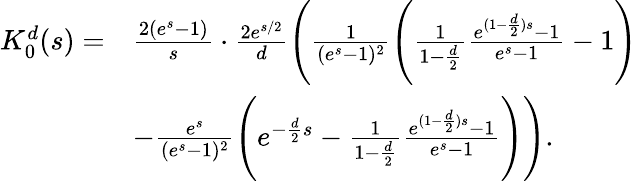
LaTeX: \begin{array}{rl}{K_{0}^{d}(s)=}&{\frac{2(e^{s}-1)}{s}\cdot\frac{2e^{s/2}}{d}\Bigg(\frac{1}{(e^{s}-1)^{2}}\Bigg(\frac{1}{1-\frac{d}{2}}\frac{e^{(1-\frac{d}{2})s}-1}{e^{s}-1}-1\Bigg)}\\ &{-\frac{e^{s}}{(e^{s}-1)^{2}}\Bigg(e^{-\frac{d}{2}s}-\frac{1}{1-\frac{d}{2}}\frac{e^{(1-\frac{d}{2})s}-1}{e^{s}-1}\Bigg)\Bigg).}\end{array}